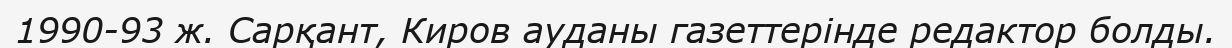
1990-93 ж. Сарқант, Киров ауданы газеттерінде редактор болды.